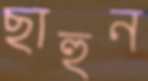
ছাহুন